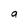
Character: a